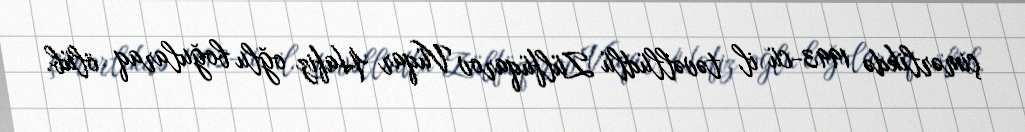
çimərlikdə 1993-cü il təvəllüdlü Zülfüqarov Vüqar Hafiz oğlu boğularaq ölüb.